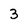
Character: 3